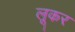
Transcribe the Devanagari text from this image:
लूकर